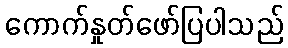
ကောက်နှုတ်ဖော်ပြပါသည်